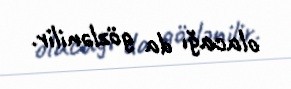
olacağı da gözlənilir.